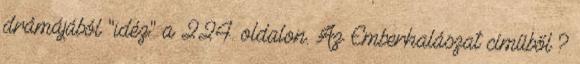
drámájából "idéz" a 224. oldalon. Az Emberhalászat címűből ?